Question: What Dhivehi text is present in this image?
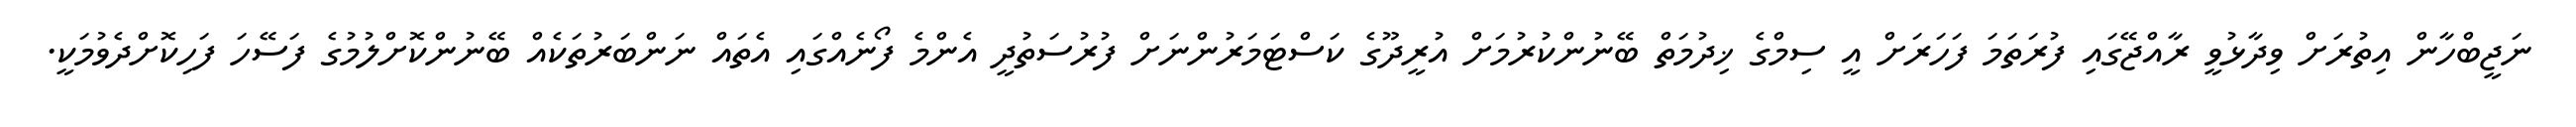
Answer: ނަޖީބްހާން އިތުރަށް ވިދާޅުވީ ރާއްޖޭގައި ފުރަތަމަ ފަހަރަށް އީ ސިމްގެ ޚިދުމަތް ބޭނުންކުރުމަށް އުރީދޫގެ ކަސްޓަމަރުންނަށް ފުރުސަތުދީ އެންމެ ފޯނެއްގައި އެތައް ނަންބަރުތަކެއް ބޭނުންކޮށްލުމުގެ ފަސޭހަ ފަހިކޮށްދެވުމަކީ.